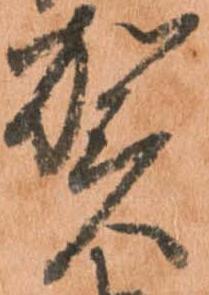
賀